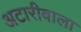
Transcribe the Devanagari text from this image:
अटारीवाला